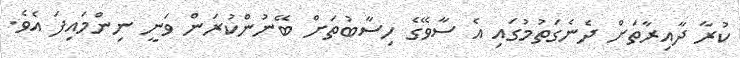
ކުރާ ދާއިރާތަށް ދެނެގަތުމުގައި އެ ސާވޭގެ ހިސާބުތަށް ބޭނުންކުރަން ވަނީ ނިންމައިފަ އެވެ.